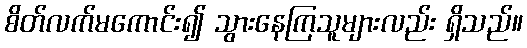
စိတ်လက်မကောင်း၍ သွားနေကြသူများလည်း ရှိသည်။